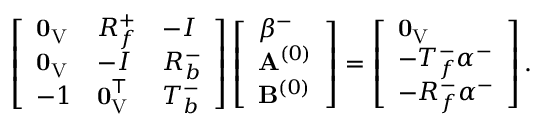
\left[ \begin{array} { l l l } { \mathbf { 0 } _ { \mathrm { V } } } & { R _ { f } ^ { + } } & { - I } \\ { \mathbf { 0 } _ { \mathrm { V } } } & { - I } & { R _ { b } ^ { - } } \\ { - 1 } & { \mathbf { 0 } _ { \mathrm { V } } ^ { \intercal } } & { T _ { b } ^ { - } } \end{array} \right] \left[ \begin{array} { l } { \beta ^ { - } } \\ { \mathbf { A } ^ { ( 0 ) } } \\ { \mathbf { B } ^ { ( 0 ) } } \end{array} \right] = \left[ \begin{array} { l } { \mathbf { 0 } _ { \mathrm { V } } } \\ { - T _ { f } ^ { - } \alpha ^ { - } } \\ { - R _ { f } ^ { - } \alpha ^ { - } } \end{array} \right] .